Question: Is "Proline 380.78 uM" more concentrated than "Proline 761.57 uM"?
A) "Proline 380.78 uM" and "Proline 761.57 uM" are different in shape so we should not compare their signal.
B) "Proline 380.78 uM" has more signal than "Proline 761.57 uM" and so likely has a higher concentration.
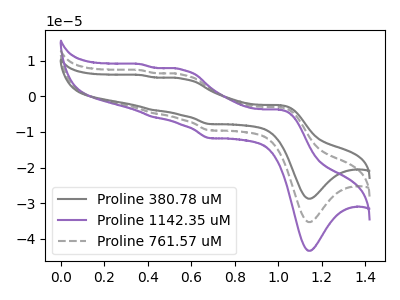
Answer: <think>The gray curve "Proline 380.78 uM" has anodic peaks at (1.00V, -2.50uA) (0.55V, 4.95uA) (0.45V, -3.85uA) (0.35V, 6.00uA) and cathodic peaks at (1.15V, -28.75uA) (0.70V, -7.75uA). The purple curve "Proline 1142.35 uM" has anodic peaks at (1.00V, -6.10uA) (0.55V, 12.20uA) (0.45V, -9.50uA) (0.35V, 14.70uA) and cathodic peaks at (1.15V, -70.65uA) (0.70V, -19.10uA). The gray dashed curve "Proline 761.57 uM" has anodic peaks at (1.00V, -3.05uA) (0.55V, 6.10uA) (0.45V, -4.75uA) (0.35V, 7.35uA) and cathodic peaks at (1.15V, -35.30uA) (0.70V, -9.55uA).
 "Proline 380.78 uM" and "Proline 761.57 uM" have at least one peak that do not match.</think>
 <answer>A) "Proline 380.78 uM" and "Proline 761.57 uM" are different in shape so we should not compare their signal.</answer>
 <eval>A</eval>